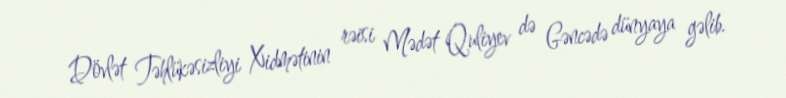
Dövlət Təhlükəsizliyi Xidmətinin rəisi Mədət Quliyev də Gəncədə dünyaya gəlib.